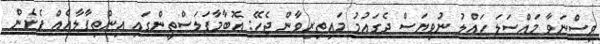
ވިސްނަވާ މައްސަލަ ހައްލު ނުވިޔަސް ދެގައުމު މައިތިރިވާން ޖެހޭ: އޮބާމާފަލަސްތީންގައި އިންތިފާލާއެއް ފެށެން